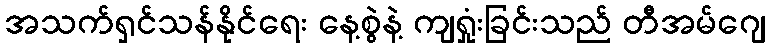
အသက်ရှင်သန်နိုင်ရေး နေ့စွဲနဲ့ ကျရှုံးခြင်းသည် တီအမ်ဂျေ